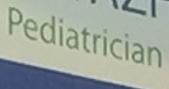
pediatrician